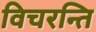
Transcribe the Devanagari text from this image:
विचरन्ति